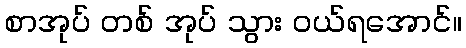
စာအုပ် တစ် အုပ် သွား ဝယ်ရအောင်။